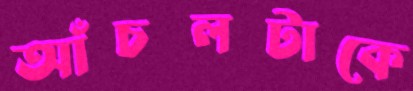
আঁচলটাকে